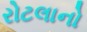
રોટલાનો